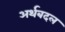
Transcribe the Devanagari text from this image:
अर्थबदल